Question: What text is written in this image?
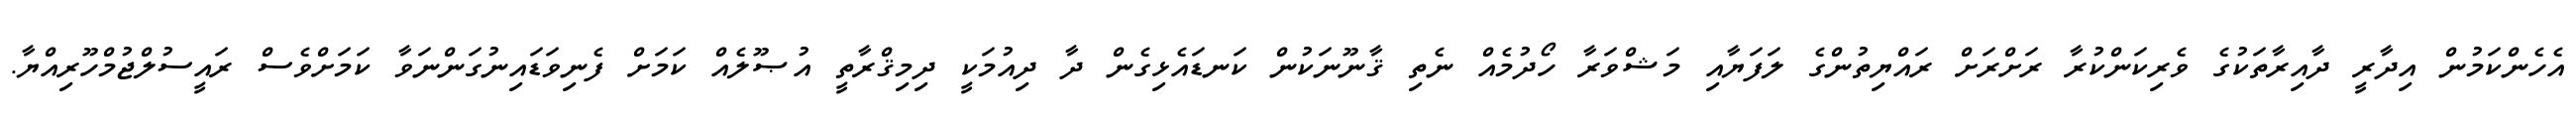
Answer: އެހެންކަމުން އިދާރީ ދާއިރާތަކުގެ ވެރިކަންކުރާ ރަށްރަށް ރައްޔިތުންގެ ލަފަޔާއި މަޝްވަރާ ހޯދުމެއް ނެތި ޤާނޫނަކުން ކަނޑައެޅިގެން ދާ ދިއުމަކީ ދިމިޤްރާތީ އުޞޫލެއް ކަމަށް ފެނިވަޑައިނުގަންނަވާ ކަމަށްވެސް ރައީސުލްޖުމްހޫރިއްޔާ.